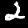
Label: 2